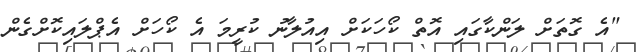
"އެ ގޮތަށް ލަންކާގައި އޮތް ކޯހަކަށް އިއުލާނު ކުރީމަ އެ ކޯހަށް އެޕްލައިކޮށްގެން